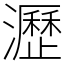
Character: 瀝